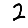
Digit: 2